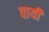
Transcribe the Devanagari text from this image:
वायीं